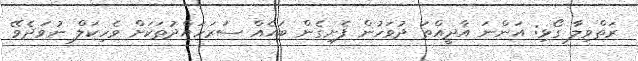
ރަތްވިލާ ގޯޅި: އަންނަ އާދީއްތަ ދުވަހުން ފެށިގެން ބައެއް ސަރަހައްދުތަކަށް ވެހިކަލް ނުވަދެވޭ